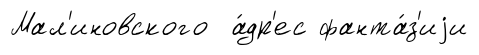
Мал'иновского а́др'ес фанта́з'иjи